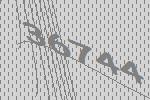
36744